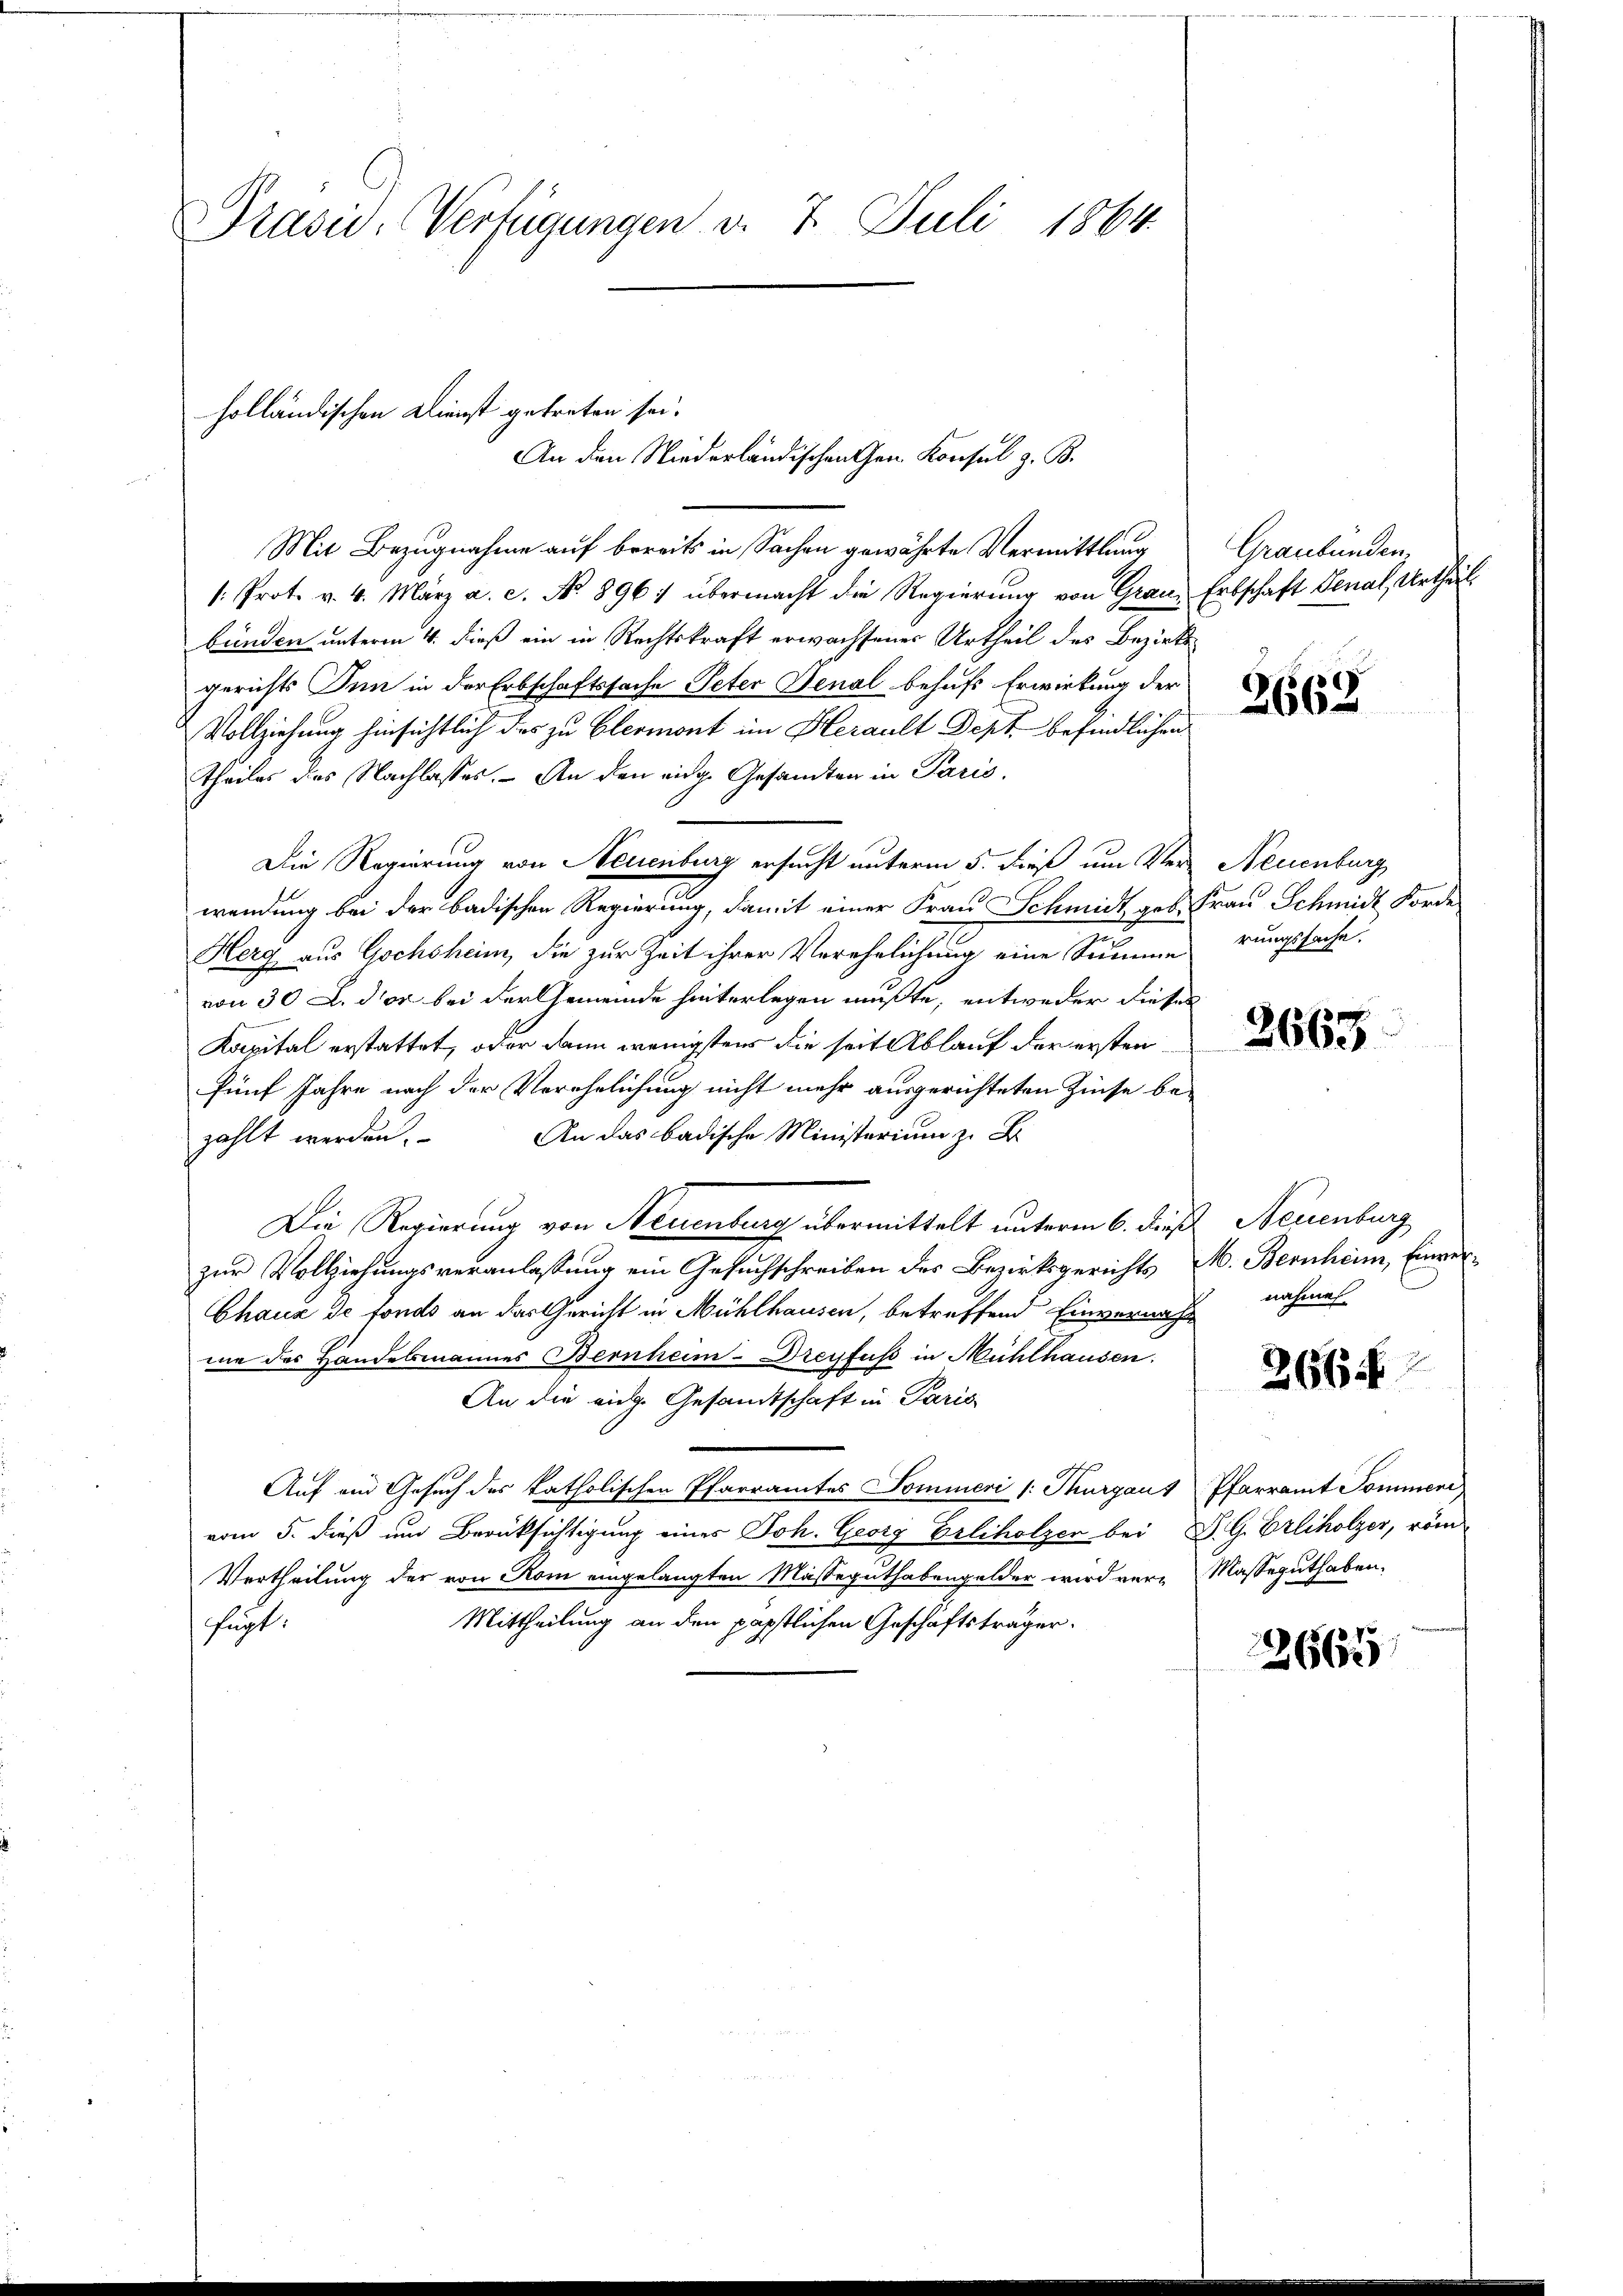
PPrasiv. Verfügungen v. 7. Juli 1864.

Mit Bezugnahme auf bereits in Sachen gewährte Vermittlung Graubünden,
/: Prot. v. 4. März a. c. No 8961 übermacht die Regierung von Grau, Erbschaft Genal, Urtheil
bünden unterm 4. dieß ein in Rechtskraft erwachsenes Urtheil des Bezirksgerichts Inn in der Erbschaftssache Peter Senal behufs Erwirkung der
Vollziehung hinsichtlich des zu Clermont im Herault Dept. befindlichen
theiles des Nachlasses. – An den eidg. Gesamten in Paris.
Die Regierung von Neuenburg ersucht unterm 5. dieß um Ver- Neuenburg
wendung bei der badischen Regierung, damit einer Frau Schmidt geb. Frau Schmidt Forde
Herg aus Gochsheim, die zur Zeit ihrer Verehelichung eine Summe rungssache.
von 30 L. der bei der Gemeinde hinterlegen mußte, entweder dieses
Kapital erstattet, oder dann wenigsten die seit Ablauf der ersten
fünf Jahre nach der Verehelichung nicht mehr ausgerichteten Zinse be-
An das badische Ministerium z. B.
zählt werden.
Die Regierung von Neuenburg übermittelt unterm 6. dieß, Neuenburg
zur Vollziehungsveranlassung ein Gesuchschreiben des Bezirksgerichts M. Bernheim, Einver-
Chaux de fonds an das Gericht in Mühlhausen, betreffend Einverwach-
me der Handelsmannes Bernheim - Dreyfuss in Mühlhausen.
An die rich. Gesandtschaft in Paris
Auf ein Gesuch des katholischen Pfarramtes Pommeri /: Thurgaus Pfarramt Pommen
vom 5. dieß um Berücksichtigung eines Joh. Georg Erliholzer bei S. G. Erliholzer, röm
Vertheilung der von Rom eingelangten Masseguthabengelder wird ver- Masseguthaben.
Mittheilung an den päpstlichen Geschäftsträger.
fügt:

holländischen Dienst getreten sei.
An den Niederländischen Gen. Konsul z. B.

2662

nahmen.
J

2664

2667